38_143685_box7_Incident_Summaries_1-100
Agency: Department of War
Page 21
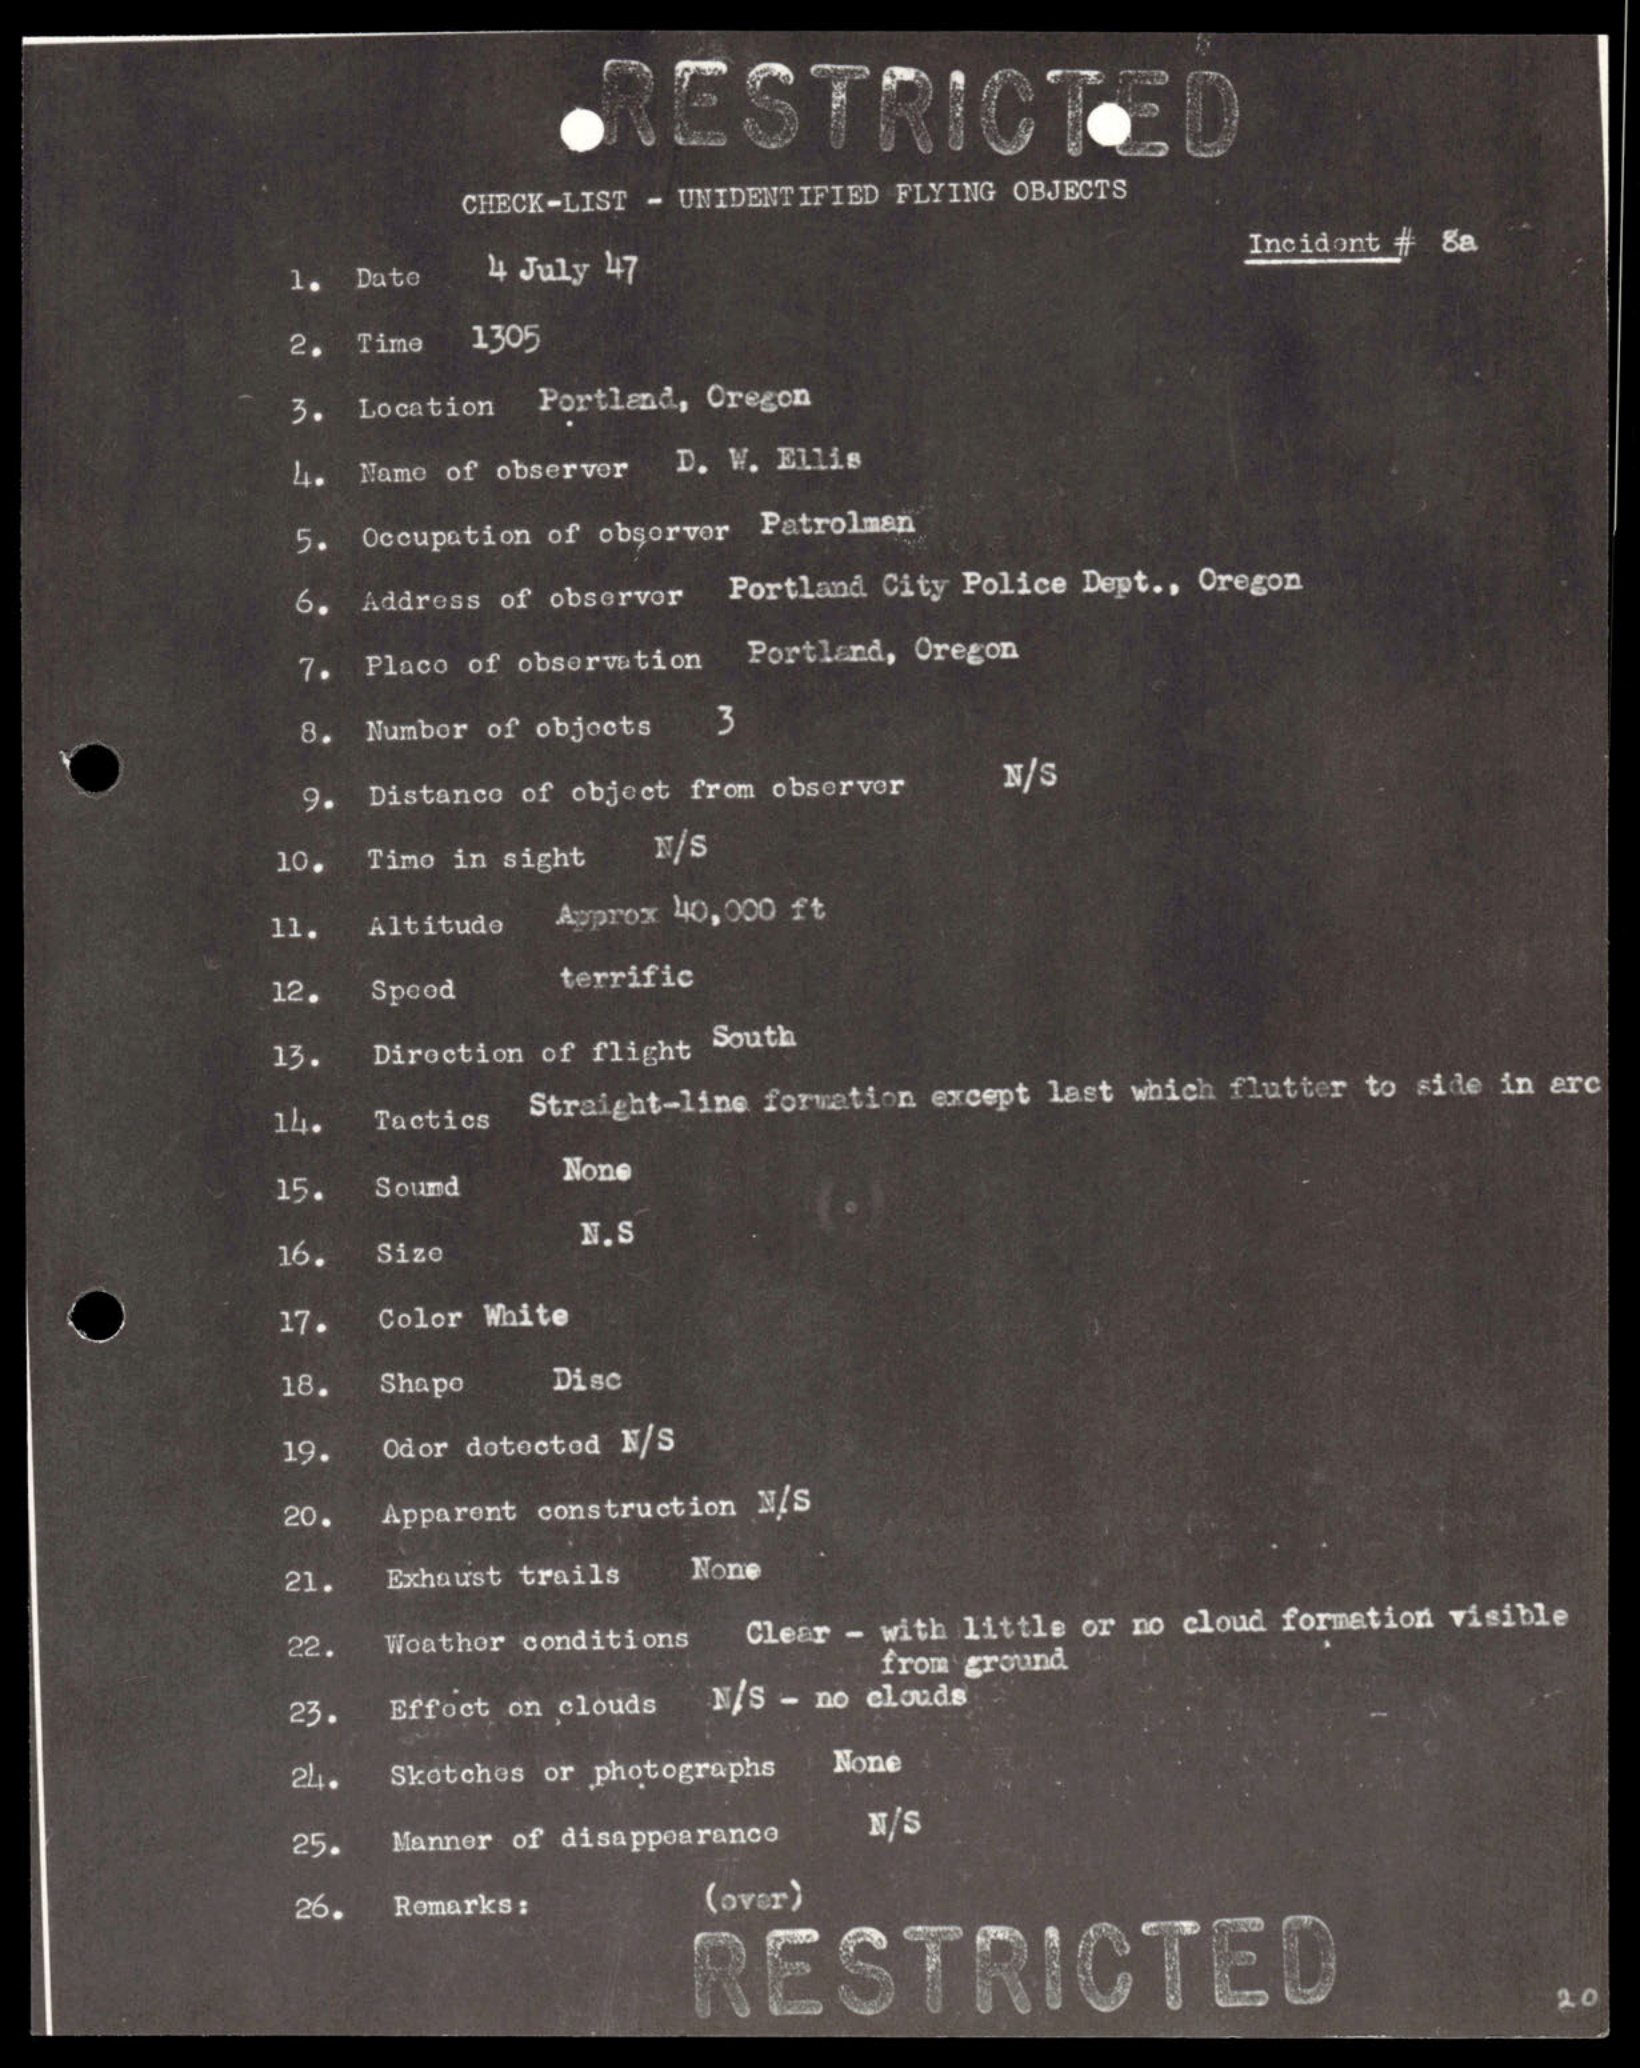